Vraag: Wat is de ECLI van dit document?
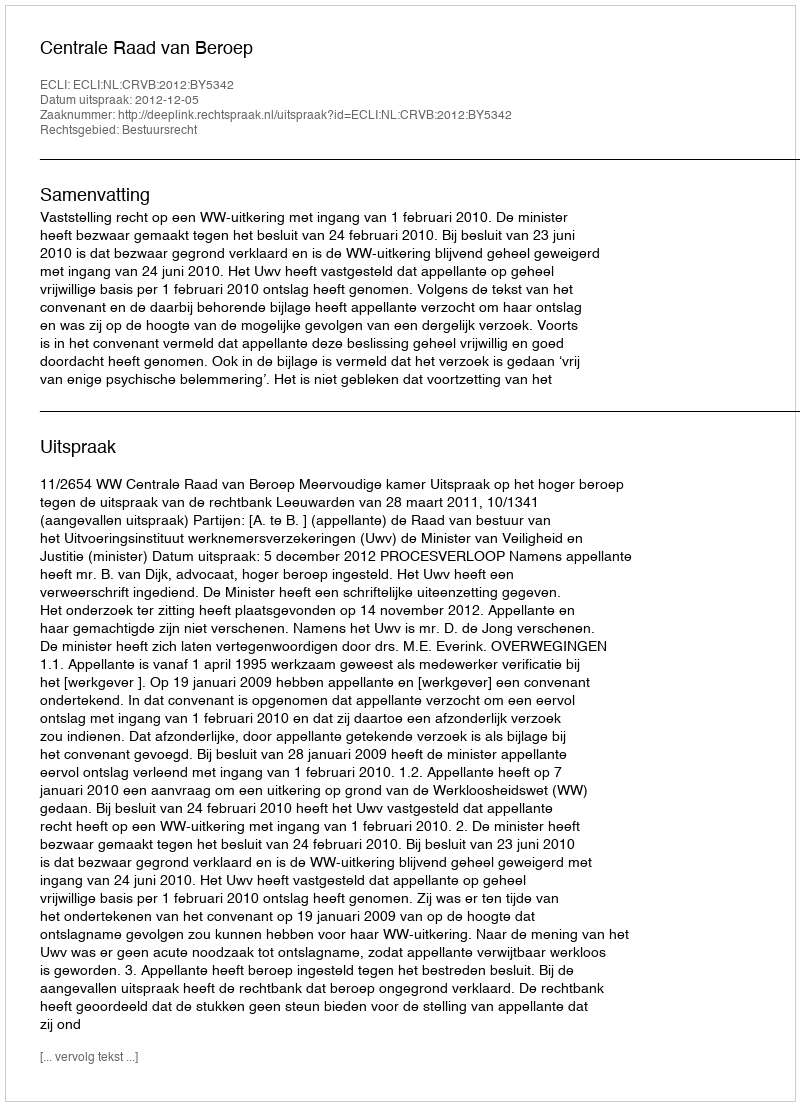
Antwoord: ECLI:NL:CRVB:2012:BY5342